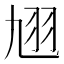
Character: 𮶈